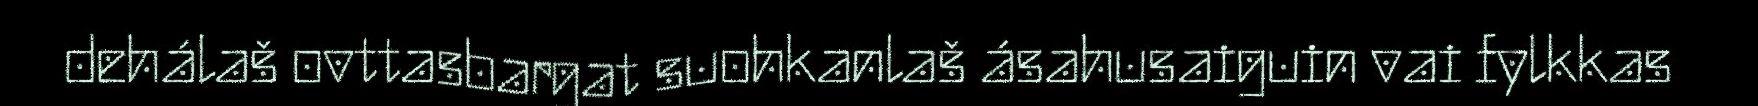
dehálaš ovttasbargat suohkanlaš ásahusaiguin vai fylkkas